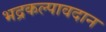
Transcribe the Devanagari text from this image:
भद्रकल्पावदान